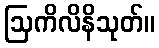
ဩကိလိနိသုတ်။